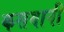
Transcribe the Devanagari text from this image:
कसयानी